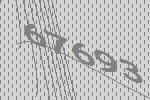
67693